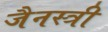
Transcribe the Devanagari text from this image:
जैनस्त्री